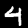
Label: 4